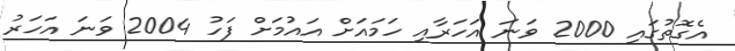
އެގޮތުގައި 2000 ވަނަ އަހަރާއި ހަމައަށް އައުމަށް ފަހު 2004 ވަނަ އަހަރު